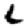
Digit: 6